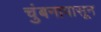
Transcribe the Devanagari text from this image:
चुंबनापासून